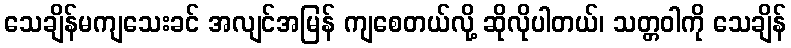
သေချိန်မကျသေးခင် အလျင်အမြန် ကျစေတယ်လို့ ဆိုလိုပါတယ်၊ သတ္တဝါကို သေချိန်